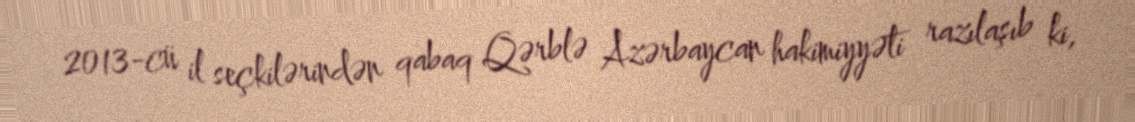
2013-cü il seçkilərindən qabaq Qərblə Azərbaycan hakimiyyəti razılaşıb ki,